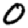
Digit: 0